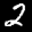
Label: 2